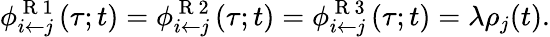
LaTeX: \phi_{i\leftarrow j}^{\mathrm{~R~1~}}(\tau;t)=\phi_{i\leftarrow j}^{\mathrm{~R~2~}}(\tau;t)=\phi_{i\leftarrow j}^{\mathrm{~R~3~}}(\tau;t)=\lambda\rho_{j}(t).